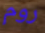
روم